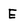
Character: E